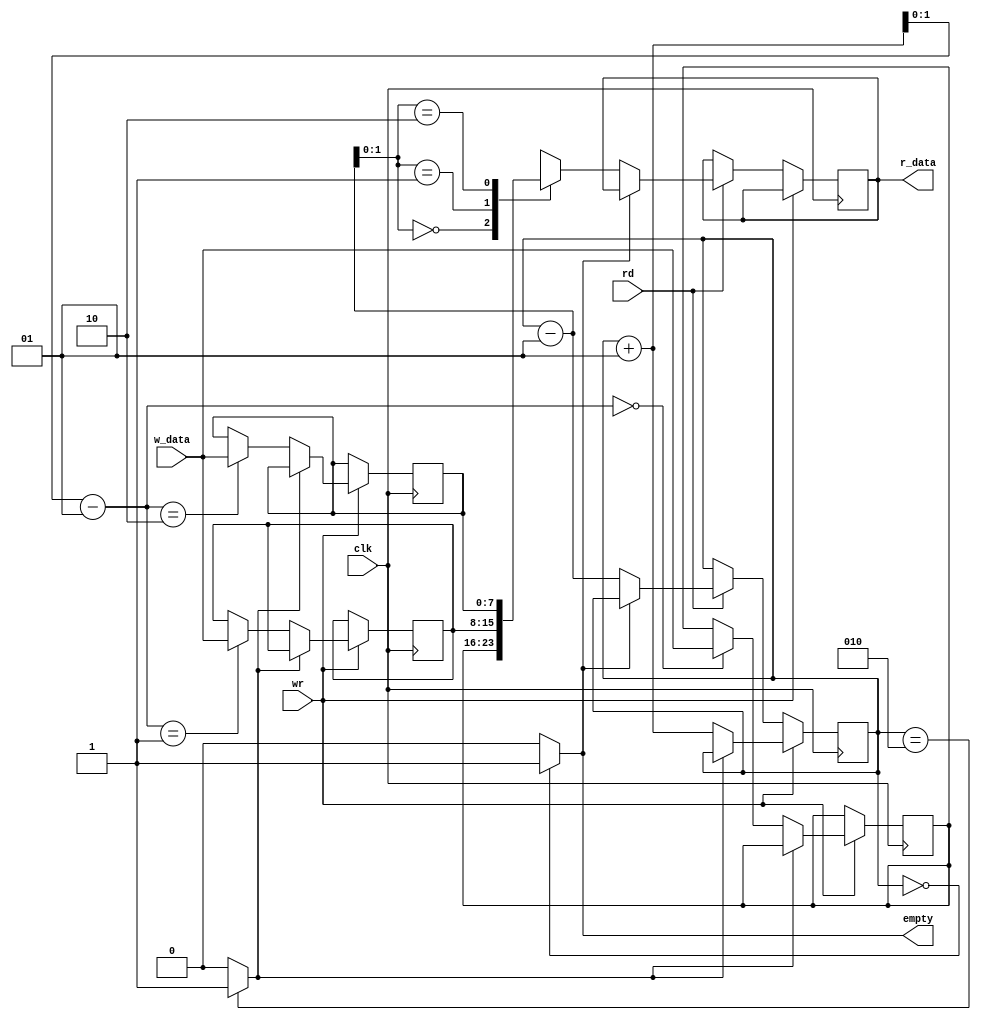
`timescale 1ns / 1ps
//////////////////////////////////////////////////////////////////////////////////
// Company: 
// Engineer: 
// 
// Design Name: 
// Module Name:    Fifo 
// Project Name: 
// Target Devices: 
// Tool versions: 
// Description: 
//
// Dependencies: 
//
// Revision: 
// Revision 0.01 - File Created
// Additional Comments: 
//
//////////////////////////////////////////////////////////////////////////////////
module Fifo #(parameter DBIT=8)(w_data, rd, wr, r_data, empty, clk
    ); /*input			 write_flag,
			input 			 read_next,
			input	   [7:0] data_in,
			input 			 clock,
			input 			 reset,
			output reg 		 empty_flag*/
input [DBIT-1:0] w_data;
input rd, clk;
input wr;

output reg [DBIT-1:0] r_data = 'b00111100; //OUTPUT en FIFO
reg full = 0;
output reg empty = 1;

reg [DBIT-1:0] dato [0:2];
integer cantidad_datos = 0;

always @(posedge clk)
begin
	if (wr)
	begin
		if(!full)
		begin
			cantidad_datos = cantidad_datos + 1;
			dato [cantidad_datos - 1]= w_data;
		end
	end
	
	else if (rd)
	begin
		if (!empty) //Si no esta vacia la pila, envio el dato de la pila
		begin
			r_data = dato [cantidad_datos - 1];
			cantidad_datos = cantidad_datos - 1;
		end
	end
end

always @(cantidad_datos)
begin
	if(cantidad_datos == 0)
		begin
			empty = 1;
		end
	else
		begin
			empty = 0;
		end
	
	if(cantidad_datos == 2)
		begin
			full = 1;
		end
	else
		begin
			full = 0;
		end
end

endmodule